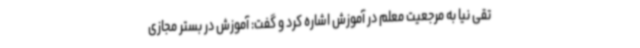
تقی نیا به مرجعیت معلم در آموزش اشاره کرد و گفت: آموزش در بستر مجازی